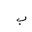
Letter: _ba